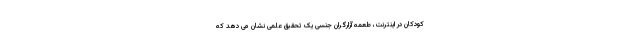
کودکان در اینترنت، طعمه آزارگران جنسی یک تحقیق علمی نشان می دهد که